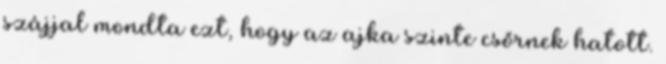
szájjal mondta ezt, hogy az ajka szinte csőrnek hatott.